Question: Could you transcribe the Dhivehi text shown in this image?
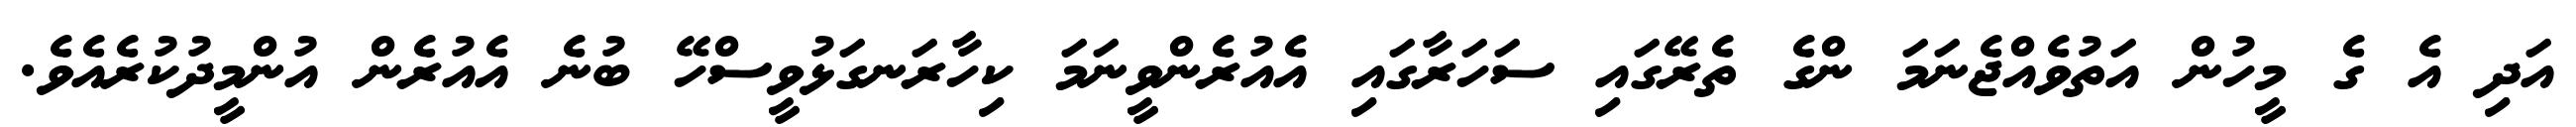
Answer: އަދި އެ ގެ މީހުން އަތުވެއްޖެނަމަ ންގެ ތެރޭގައި ސަހަރާގައި އެއުރެންވީނަމަ ކިހާރަނގަޅުވީސްހޭ ބުނެ އެއުރެން އުންމީދުކުރެއެވެ.